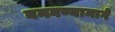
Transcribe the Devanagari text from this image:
बनवण्यामागे